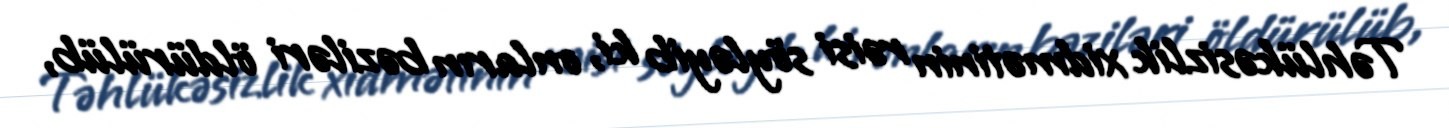
Təhlükəsizlik xidmətinin rəisi söyləyib ki, onların bəziləri öldürülüb,